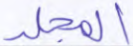
المجلد